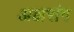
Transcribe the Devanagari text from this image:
अक्षरांग